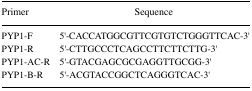
| Primer | Sequence |
 | --- | --- |
 | PYP1-F | 5′-CACCATGGCGTTCGTGTCTGGGTTCAC-3′ |
 | PYP1-R | 5′-CTTGCCCTCAGCCTTCTTCTTG-3′ |
 | PYP1-AC-R | 5′-GTACGAGCGCGAGGTTGCGG-3′ |
 | PYP1-B-R | 5′-ACGTACCGGCTCAGGGTCAC-3′ |